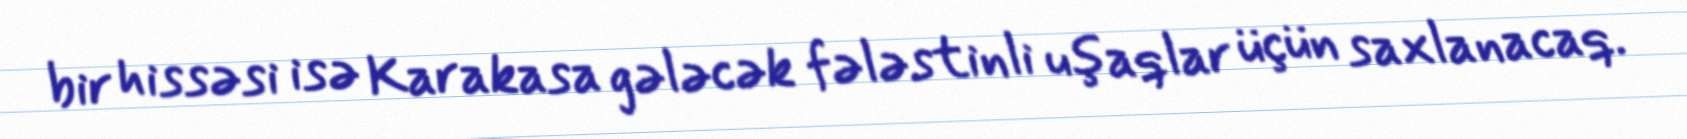
bir hissəsi isə Karakasa gələcək fələstinli uşaqlar üçün saxlanacaq.